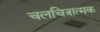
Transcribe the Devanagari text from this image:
चलचित्रात्मक